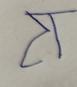
Signature authenticity: forged